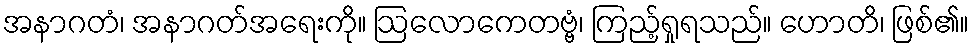
အနာဂတံ၊ အနာဂတ်အရေးကို။ ဩလောကေတဗ္ဗံ၊ ကြည့်ရှုရသည်။ ဟောတိ၊ ဖြစ်၏။